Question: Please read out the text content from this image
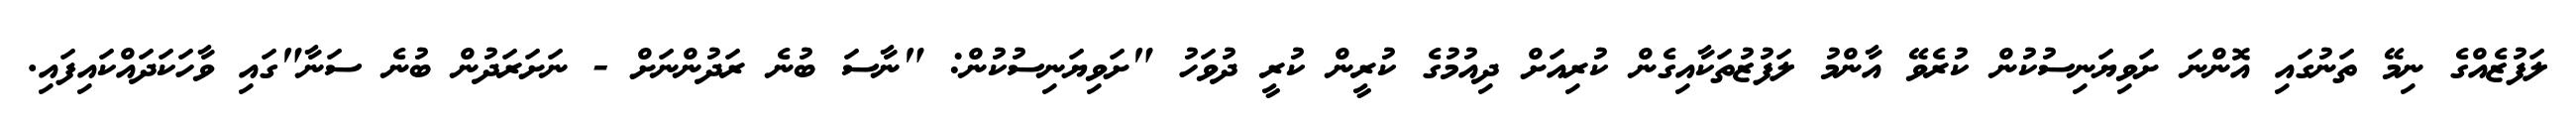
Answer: ލަފުޒެއްގެ ނިމޭ ތަނުގައި އޮންނަ ށަވިޔަނިސުކުން ކުރެވޭ އާންމު ލަފުޒުތަކާއިގެން ކުރިއަށް ދިއުމުގެ ކުރީން ކުރީ ދުވަހު "ށަވިޔަނިސުކުން: "ނާސަ ބުނެ ރަދުންނަށް - ނަށަރަދުން ބުނެ ސަނާ"ގައި ވާހަކަދައްކައިފައި.